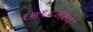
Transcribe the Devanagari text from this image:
१७१८मध्ये